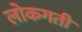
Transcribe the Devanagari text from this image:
लोकगती